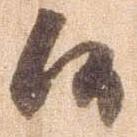
候